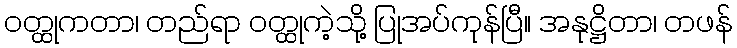
ဝတ္ထုကတာ၊ တည်ရာ ဝတ္ထုကဲ့သို့ ပြုအပ်ကုန်ပြီ။ အနုဋ္ဌိတာ၊ တဖန်